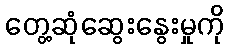
တွေ့ဆုံဆွေးနွေးမှုကို